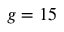
g = 1 5